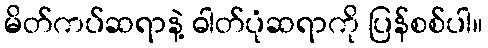
မိတ်ကပ်ဆရာနဲ့ ဓါတ်ပုံဆရာကို ပြန်စစ်ပါ။